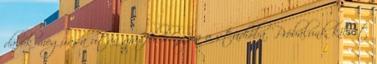
dalok megírása után másfél hónapra a stúdióba. Próbálunk kicsit